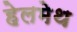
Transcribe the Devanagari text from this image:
हेलमेथ